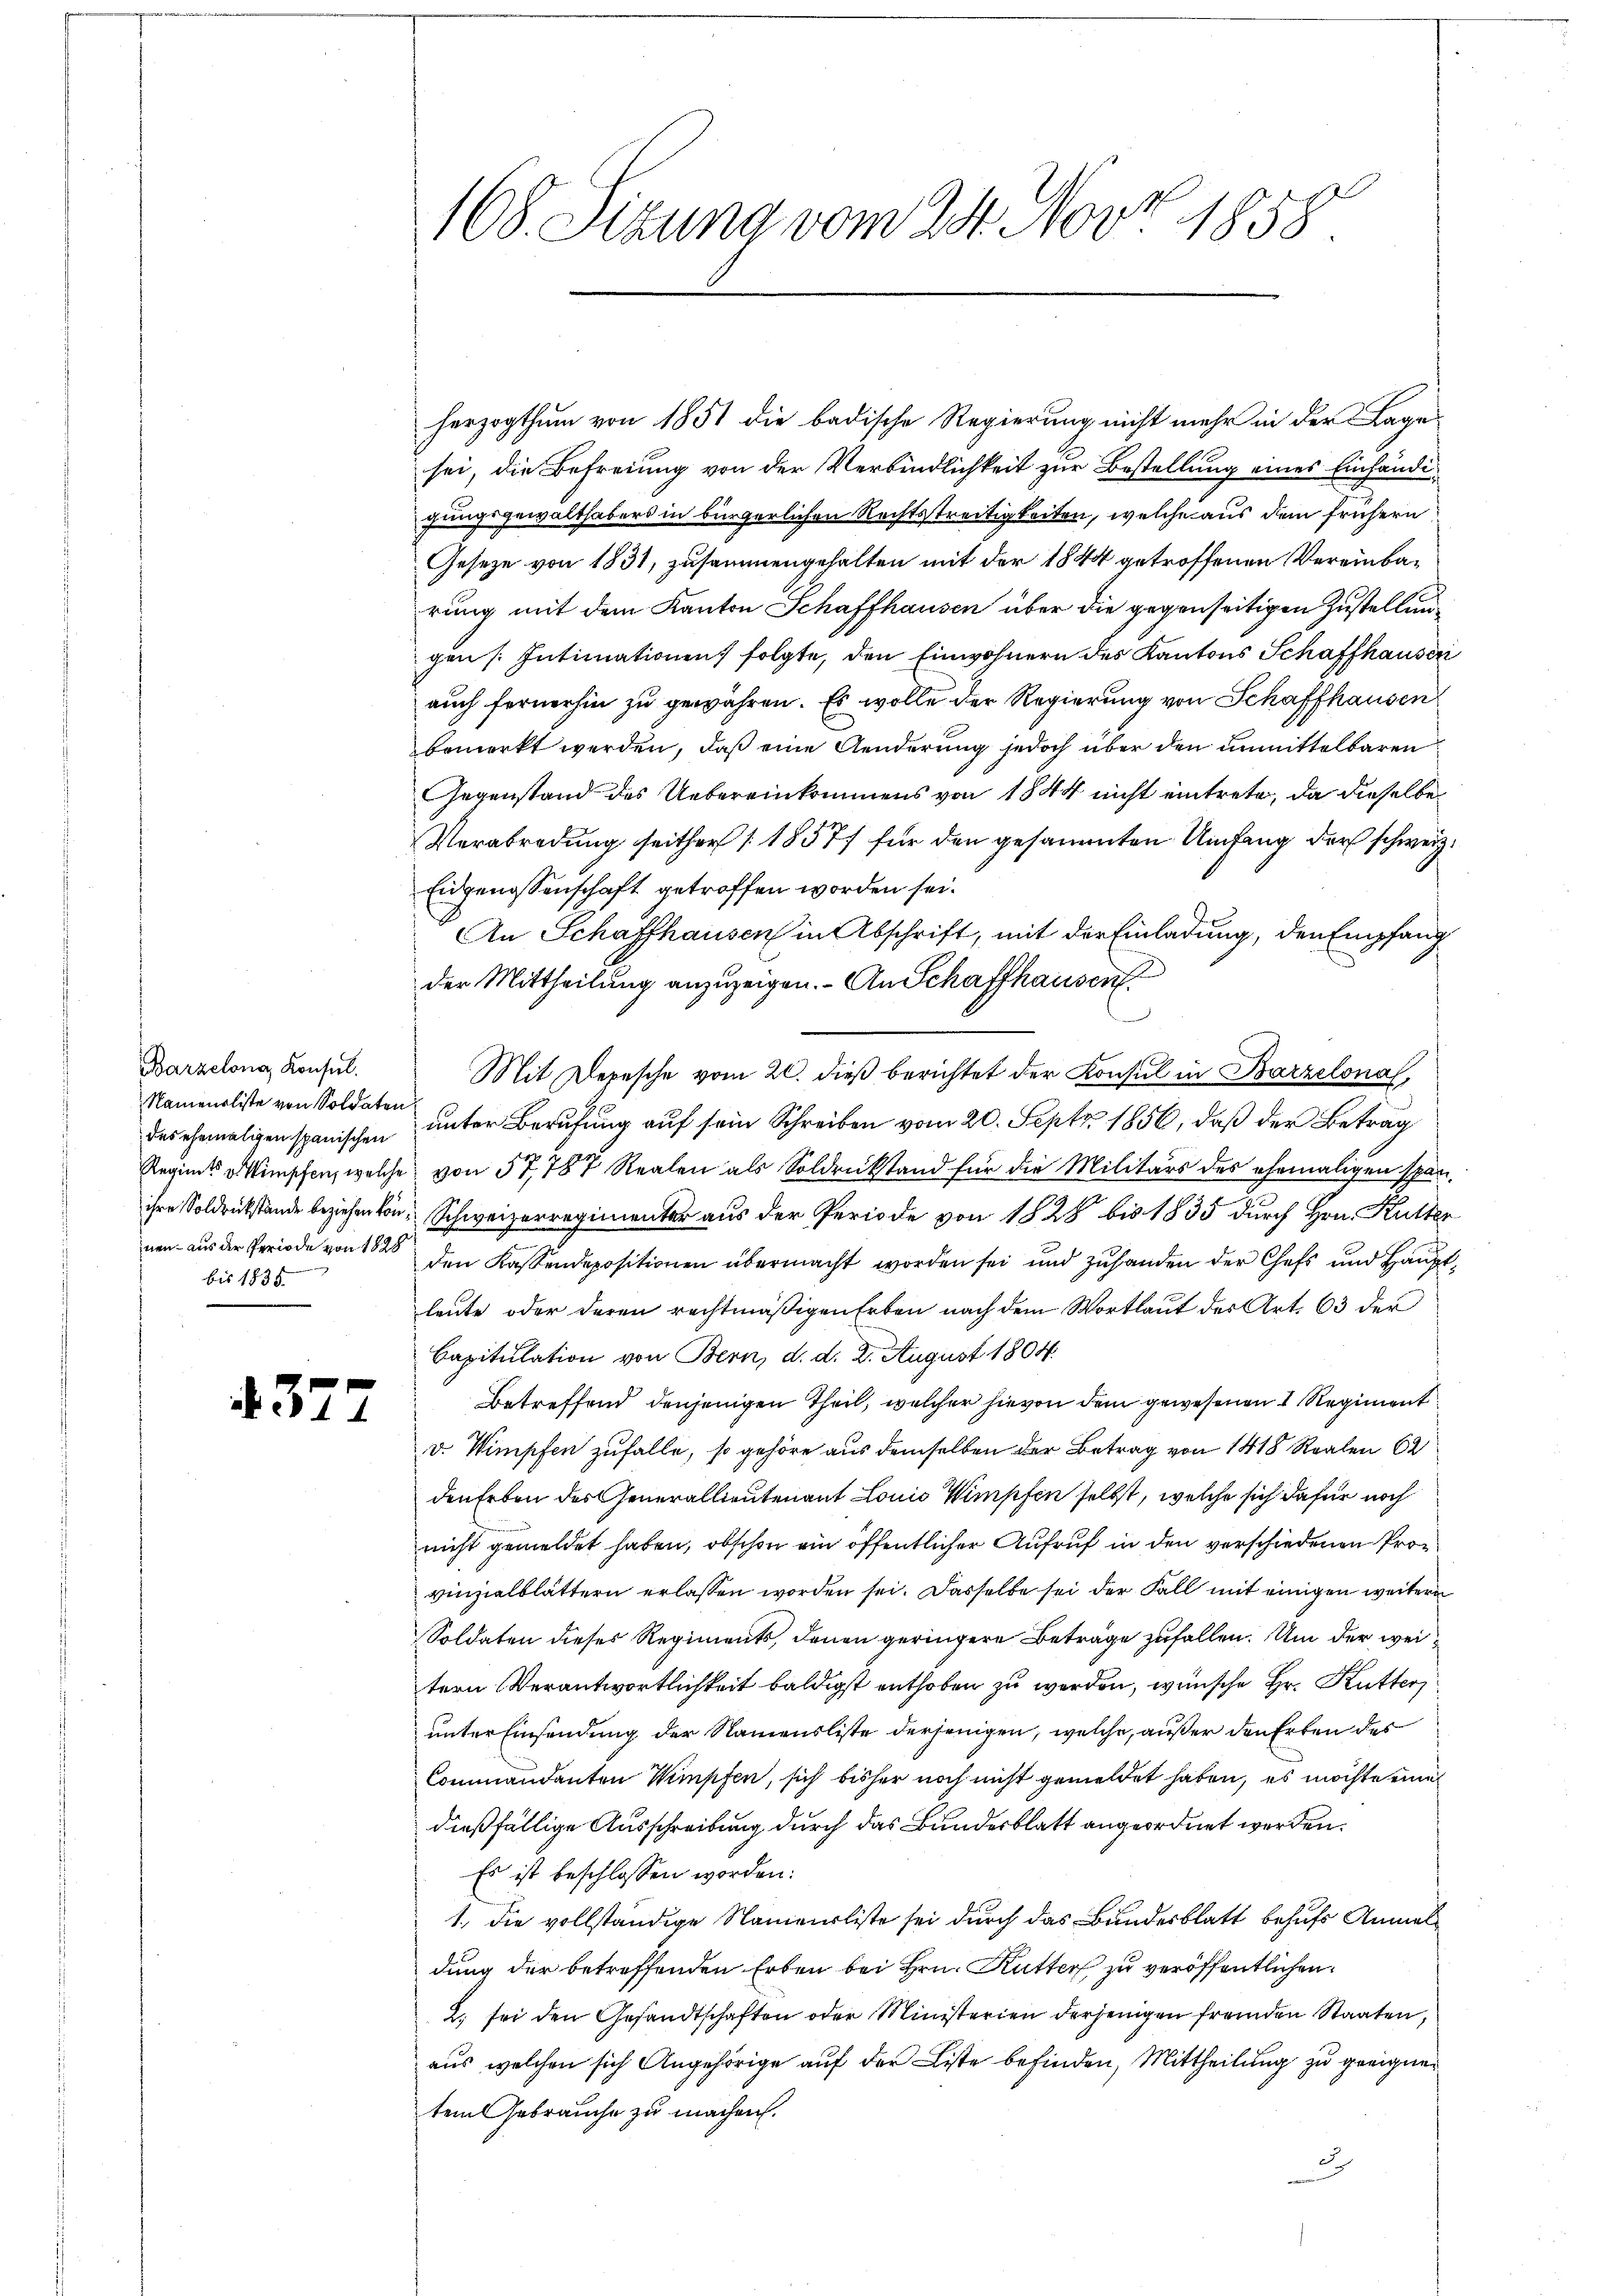
Barzelona Konsul
Namensliste von Soldaten
des ehemaligen spanischen
bis 1838

4377

herzogthum von 1851 die badische Regierung nicht mehr in der Lage
sei, die Befreiung von der Verbindlichkeit zur Bestellung eines Einhändigungsgewalthabers in bürgerlichen Rechtsstreitigkeiten, welche aus dem frühern
Gesetze von 1831, zusammengehalten mit der 1844 getroffenen Vereinbarung mit dem Kanton Schaffhausen über die gegenseitigen Zustellungen (Intimationen folgte, den Einwohnern des Kantons Schaffhausen
auch fernerhin zu gewähren. Es wolle der Regierung von Schaffhausen
bemerkt werden, daß eine Aenderung jedoch über den unmittelbaren
Gegenstand des Uebereinkommens von 1844 nicht eintrete, da dieselbe
Verabredung seither [1857 für den gesammten Umfang der schweiz.
Eidgenossenschaft getroffen worden sei.
An Schaffhausen in Abschrift, mit der Einladung, den Empfang
der Mittheilung anzuzeigen. - An Schaffhausen
i Eintrete
Mit Depesche vom 20. dieß berichtet der Konsul in Barzelona,
unter Berufung auf sein Schreiben vom 20. Sept. 1856, daß der Betrag
Regimt Winschen, welche von 57, 787 Realen als Soldrückstand für die Militärs des ehemaligen span
ihre Soldrückstände beziehen von Schweizerregimenter aus der Periode von 1828 bis 1835 durch Hrn. Kutter
nen aus der Periode von 10 den Kassendepositionen übermacht worden sei und zuhanden der Chefs und Hauptleute oder deren rechtmäßigen Erben nach dem Wortlaut der Art. 63 der
Capitulation von Bern, d. d. 2. August 1804.
Betreffend denjenigen Theil, welcher hievon dem gewesenen 1 Regiment
v. Wimpfen zufalle, so gehöre aus demselben der Betrag von 1418 Realen 62
den Erben des Generallieutenant Lonio Wimpfen selbst, welche sich dafür noch
nicht gemeldet haben, obschon ein öffentlicher Aufruf in den verschiedenen Provinzialblättern erlassen worden sei. Dasselbe sei der Fall mit einigen weitere
Soldaten dieses Regiments, denen geringere Beträge zufallen. Um der weitern Verantwortlichkeit baldigst enthoben zu werden, wünsche Hr. Kutter
unter Einsendung der Namensliste derjenigen, welche, außer den Erben des
Commandanten Wimpfen, sich bisher noch nicht gemeldet haben, es möchte eine
dießfällige Ausschreibung durch das Bundesblatt angeordnet werden.
Es ist beschlossen worden:
1. die vollständige Namensliste sei durch das Bundesblatt behufs Anmeldung der betreffenden Erben bei Hrn. Rutter zu veröffentlichen
2. sei den Gesandtschaften oder Ministerien derjenigen fremden Staaten,
aus welchen sich Angehörige auf der Liste befinden, Mittheilung zu geeignen
tem Gebrauche zu machen.
J

168. Sizung vom 24. Nov. 1858.